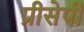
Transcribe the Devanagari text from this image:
प्रीसेपी